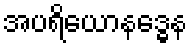
အပရိယောနဒ္ဓေန